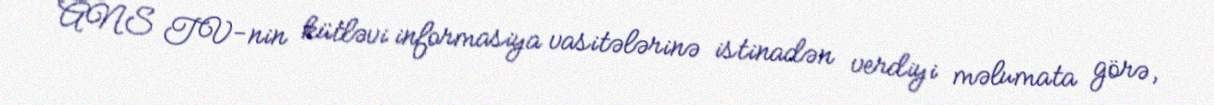
ANS TV-nin kütləvi informasiya vasitələrinə istinadən verdiyi məlumata görə,